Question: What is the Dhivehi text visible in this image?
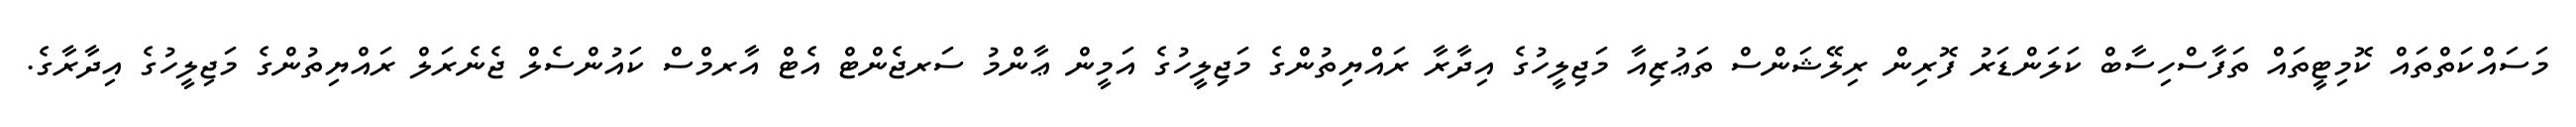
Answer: މަސައްކަތްތައް ކޮމިޓީތައް ތަފާސްހިސާބް ކަލަންޑަރު ފޮރިން ރިލޭޝަންސް ތަޢުޒިއާ މަޖިލީހުގެ އިދާރާ ރައްޔިތުންގެ މަޖިލީހުގެ އަމީން ޢާންމު ސަރޖެންޓް އެޓް އާރމްސް ކައުންސެލް ޖެނެރަލް ރައްޔިތުންގެ މަޖިލީހުގެ އިދާރާގެ.